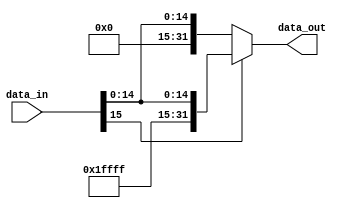
`timescale 1ns / 1ps
//////////////////////////////////////////////////////////////////////////////////
// Company: 
// Engineer: 
// 
// Design Name: 
// Module Name: sing_extender
// Project Name: 
// Target Devices: 
// Tool Versions: 
// Description: 
// 
// Dependencies: 
// 
// Revision:
// Revision 0.01 - File Created
// Additional Comments:
// 
//////////////////////////////////////////////////////////////////////////////////


module sing_extender(data_in, data_out);
  input [15:0] data_in;
  output [32-1:0] data_out;

  assign data_out = (data_in[15] == 1) ? {16'b1111111111111111, data_in} : {16'b0000000000000000, data_in};
endmodule // signExtend